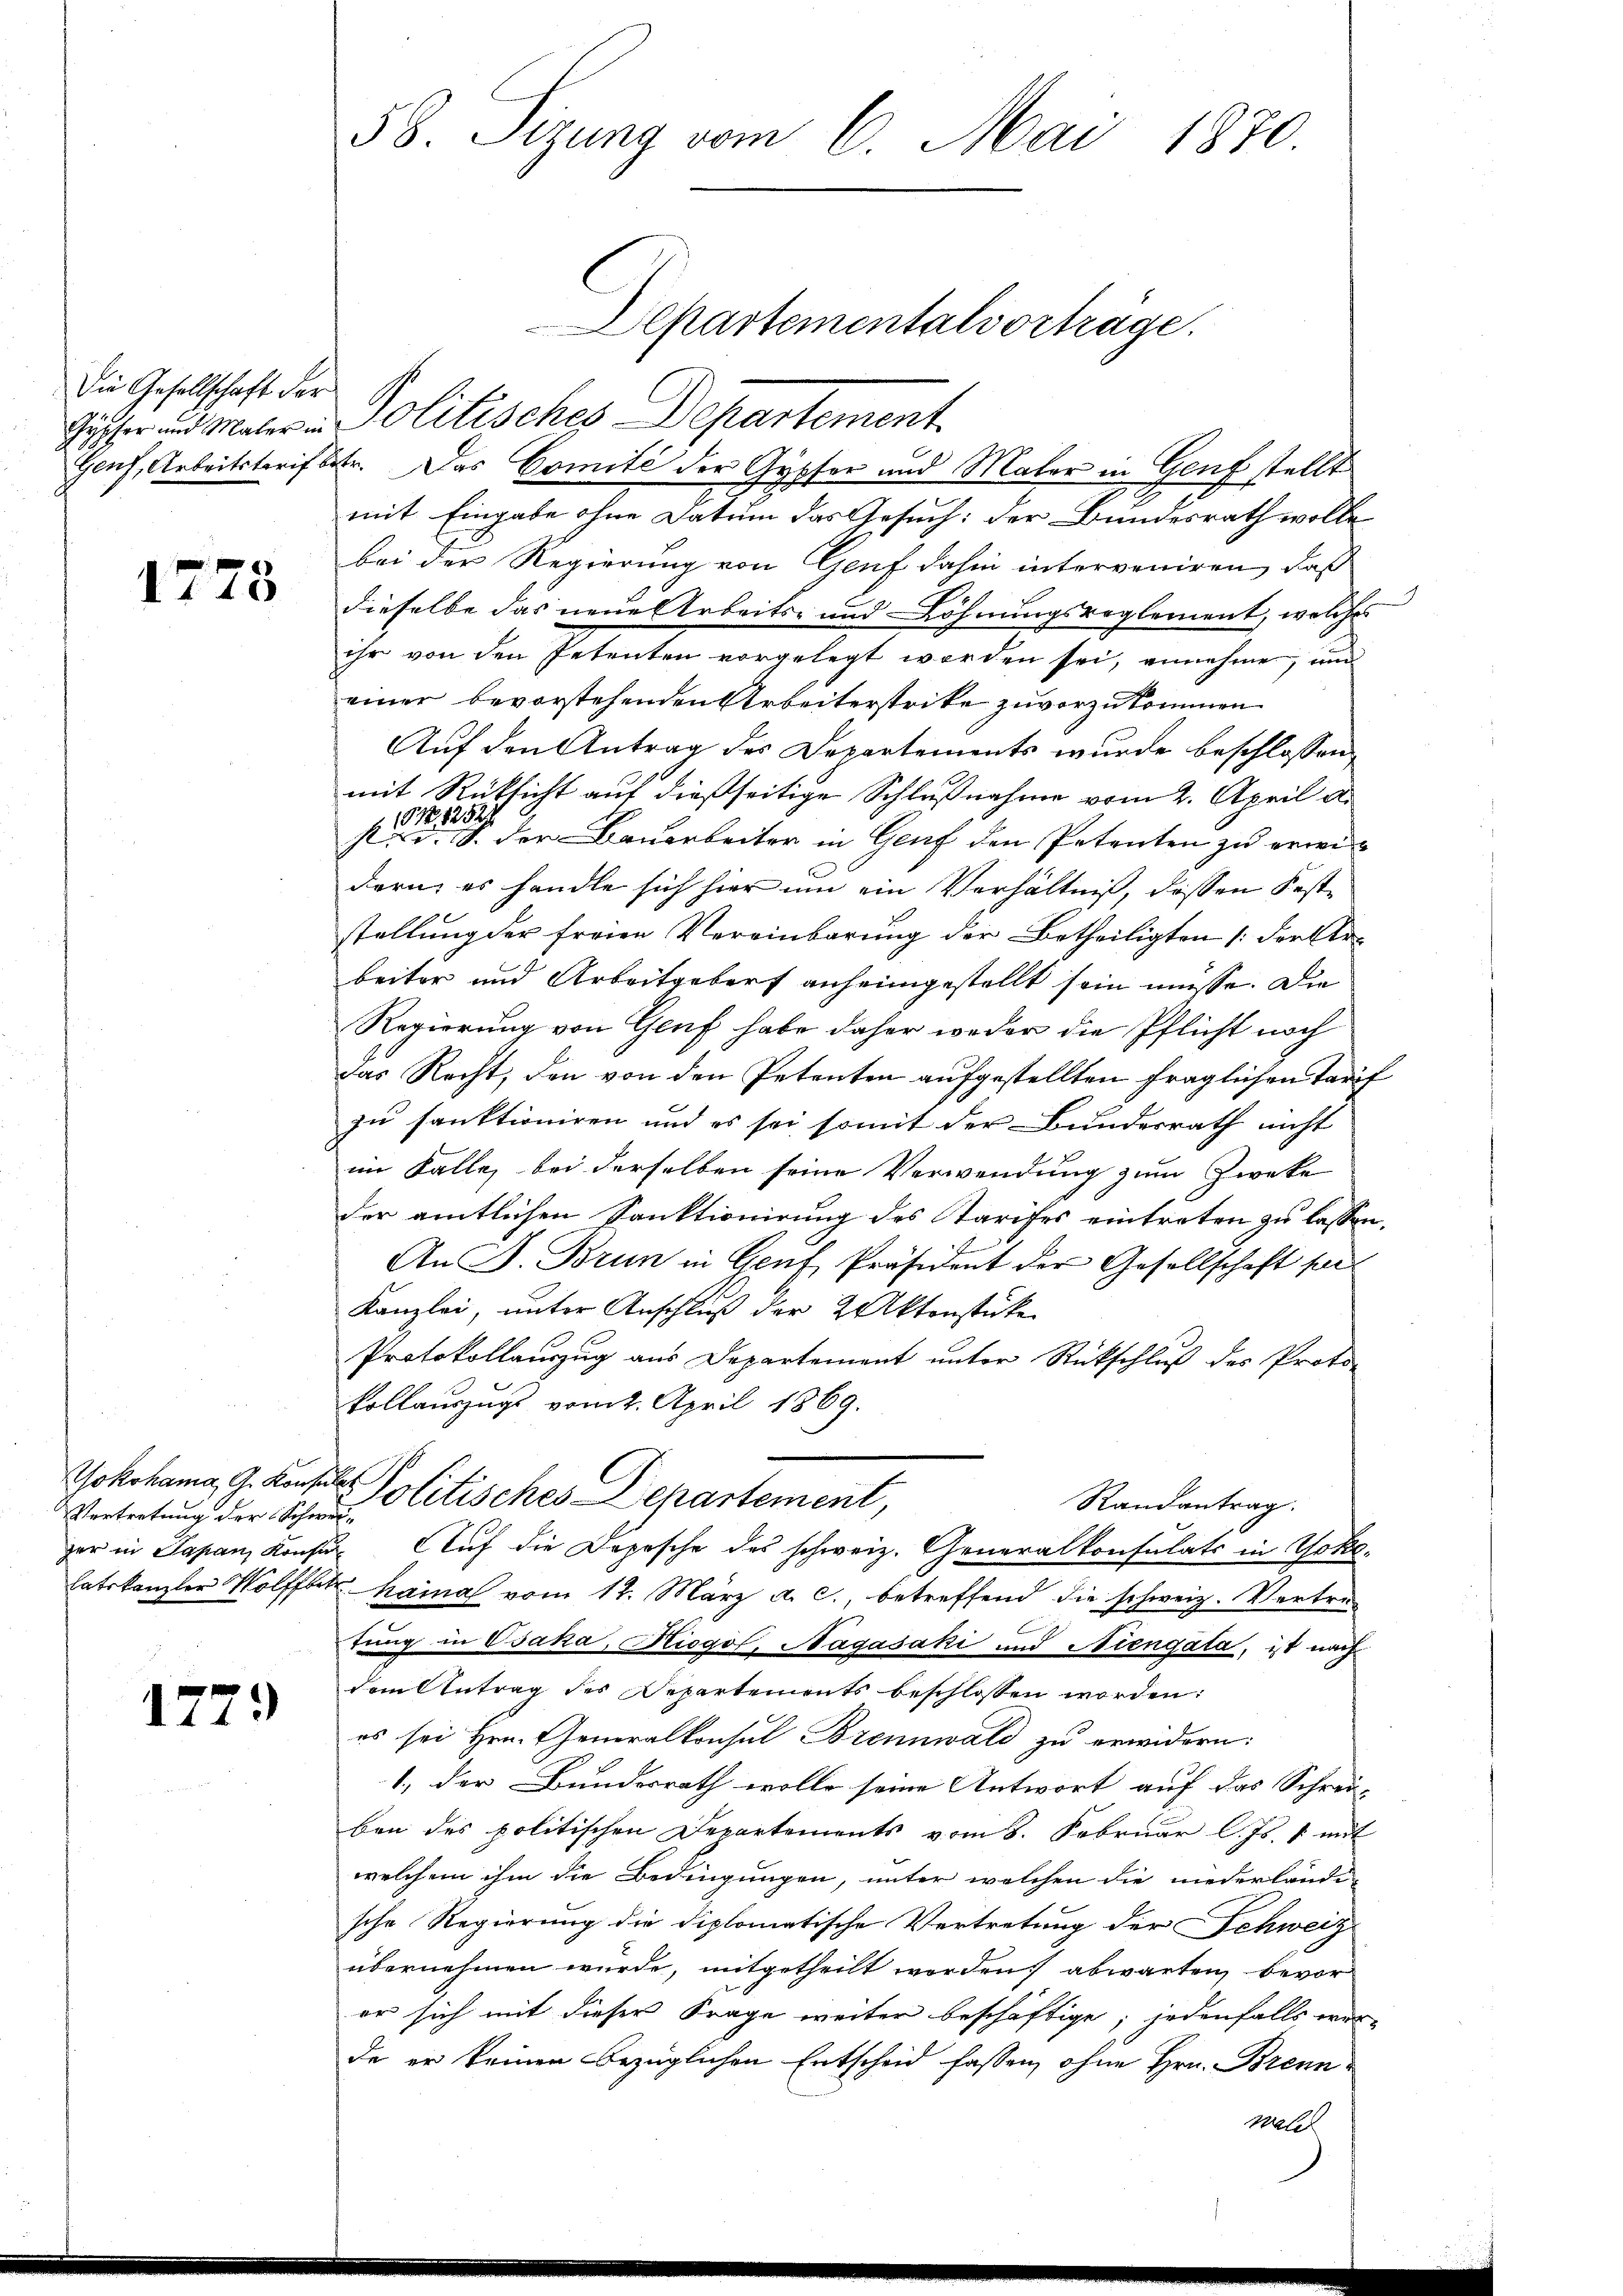
Die Gesellschaft der

1773

Yokohama, G. Konsulat

1779

58. Sitzung vom 6. Mai 1870.

mit Eingabe ohne Datum das Gesuch: der Bundesrath wolle
bei der Regierung von Genf dahin interveniren, daß
dieselbe das neue Arbeits- und Löhnungsreglement, welches
ihr von den Petenten vorgelegt worden sei, annehme, und
einer bevorstehenden Arbeiterstrike zuvorzukommen.
Auf den Antrag des Departements wurde beschlossen
mit Rüksicht auf dießseitige Schlußnahme vom 2. April a.
191. 1252
st. d. S. der Bauarbeiter in Genf den Petenten zu erweidern, es handle sich hier um ein Verhältniß, dassen Feststellung der freien Vereinbarung der Betheiligten (der Arbeiter und Arbeitgebort anheimgestellt sein müsse. Die
Regierung von Genf habe daher weder die Pflicht noch
das Recht, den von den Petenten aufgestellten fraglichen Tarif
zu sanktioniren und es sei somit der Bundesrath nicht
im Falle, bei derselben seine Verwendung zum Zweke
der amtlichen Sanktionirung des Tarifes eintreten zu lassen.
F
An J. Brun in Genf, Präsident der Gesellschaft per¬
Kanzlei, unter Anschluß der 2 Aktenstücke
Protokollauszug aus Departement unter Rückschluß des Proto-
Vollauszugs vom 2. April 1869.
Randantrag.
Vertretung der in Oetisches Departement,
ger in Japan, Konsur Auf die Depesche des schweiz. Generalkonsulats in Yokalatskanzler Wolff hainal vom 12. März a. c., betreffend die schweiz. Vertretung in Osaka, Riogof, Nagasaki und Niengata, ist nach
dem Antrag des Departements beschlossen worden:
es sei Hrn. Generalkonsul Brennwald zu erwidern:
1., der Bundesrath wolle seine Antwort auf das Schrei-
ben des politischen Departements vom 8. Februar l. Js. 1 mit
welchem ihm die Bedingungen, unter welchen die niederlände
sche Regierung die diplomatische Vertretung der Schweiz
übernehmen wurde, mitgetheilt worden, abwarten, bevor
er sich mit dieser Frage weiter beschäftige; jedenfalls wer-
de er keinen bezüglichen Entscheid fassen, ohne Hrn. Brennwald

Jüster und Mater - Politisches Departement.
Hanf, Arbeitstarif betr. Das Comité der Gypser und Maler in Genf stellt

Departementalvorträge.